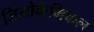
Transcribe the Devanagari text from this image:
जियोकेमिकल